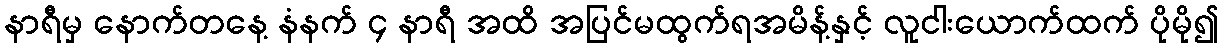
နာရီမှ နောက်တနေ့ နံနက် ၄ နာရီ အထိ အပြင်မထွက်ရအမိန့်နှင့် လူငါးယောက်ထက် ပိုမို၍